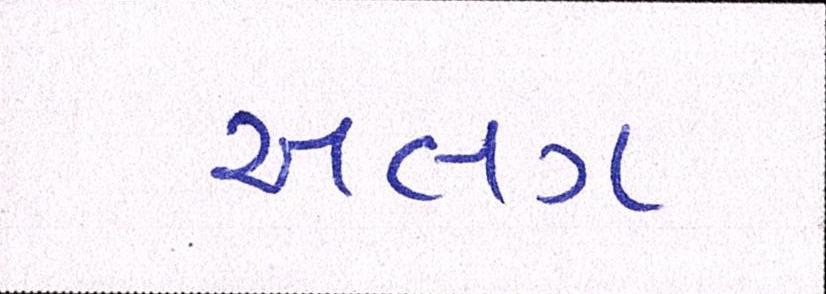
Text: અલગં